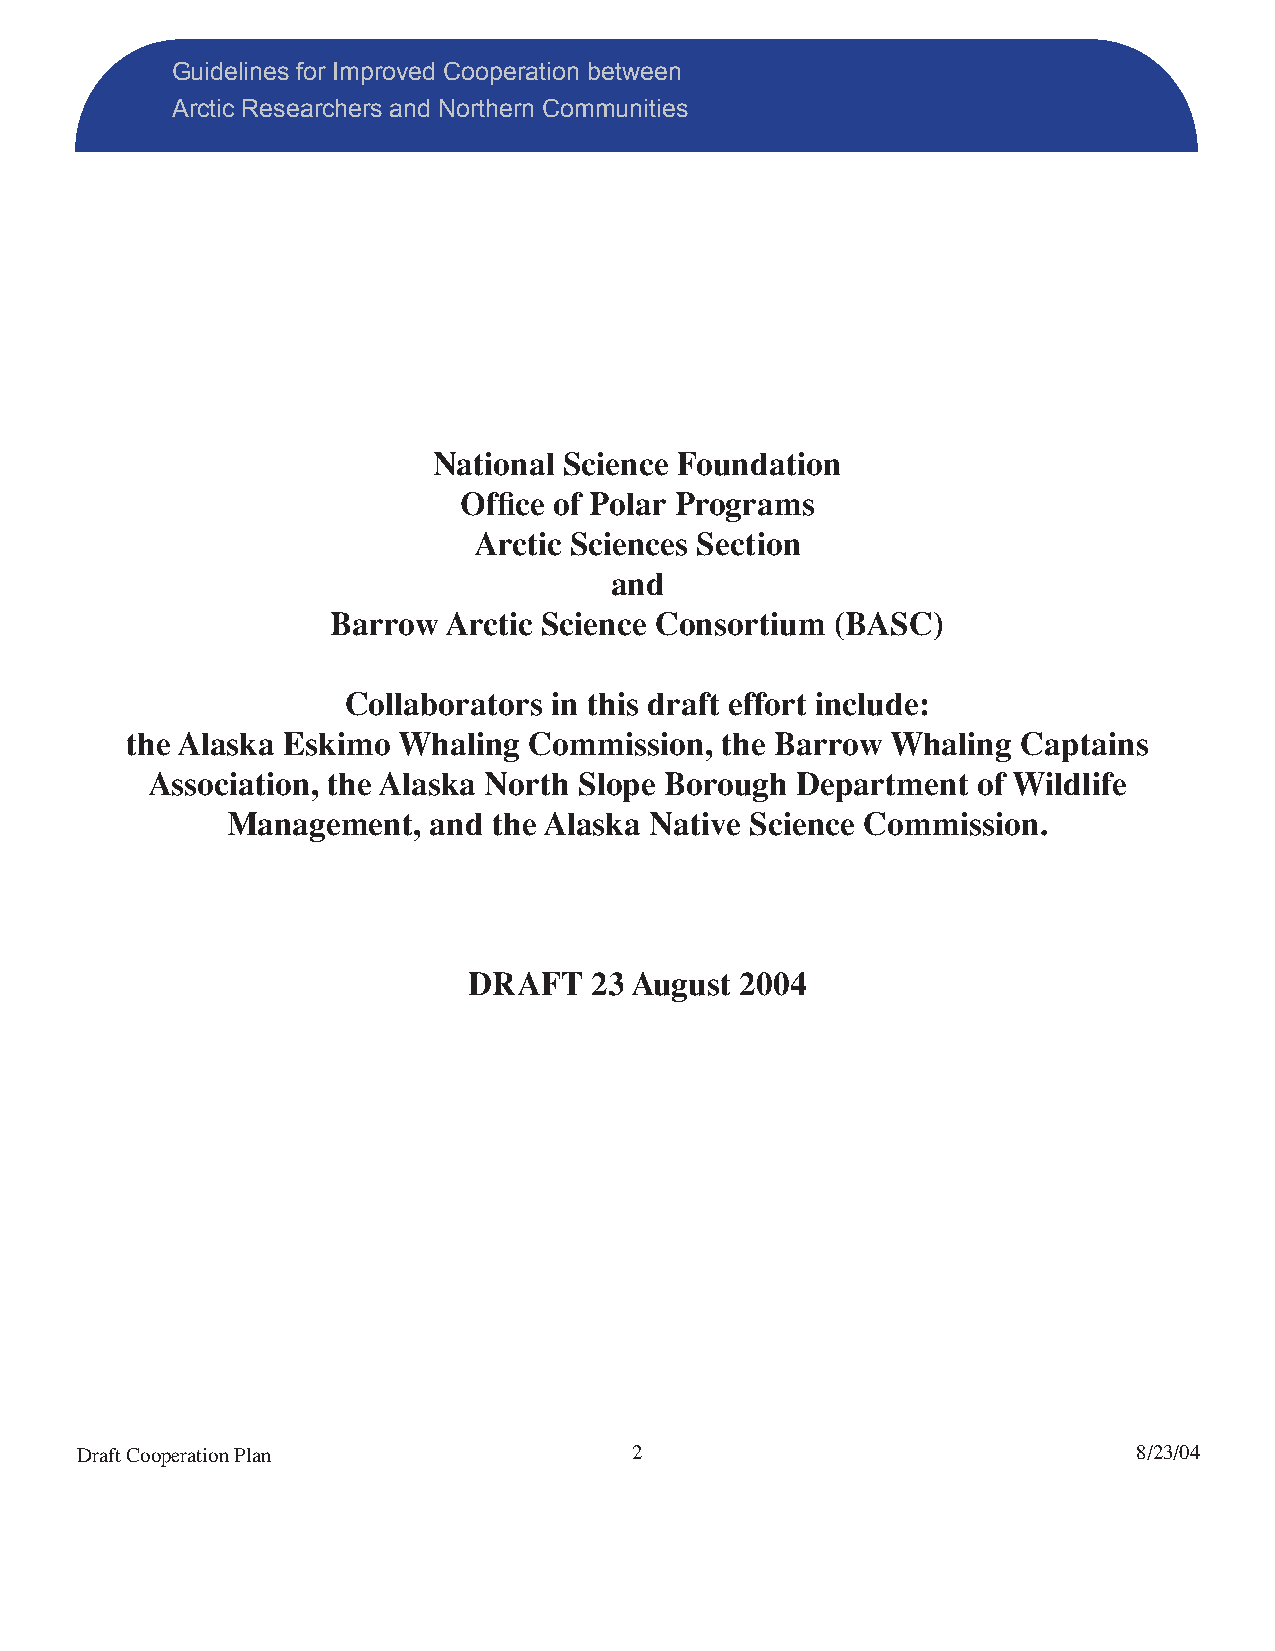
Guidelines for Improved Cooperation between
 Arctic Researchers and Northern Communities
 National Science Foundation
 Offi ce of Polar Programs
 Arctic Sciences Section
 and
 Barrow Arctic Science Consortium (BASC)
 Collaborators in this draft effort include:
 the Alaska Eskimo Whaling  Commission,  the Barrow Whaling  Captains
 Association, the Alaska North Slope Borough Department of Wildlife
 Management,  and  the Alaska Native Science Commission.
 DRAFT   23 August 2004
 Draft Cooperation Plan               2                                8/23/04